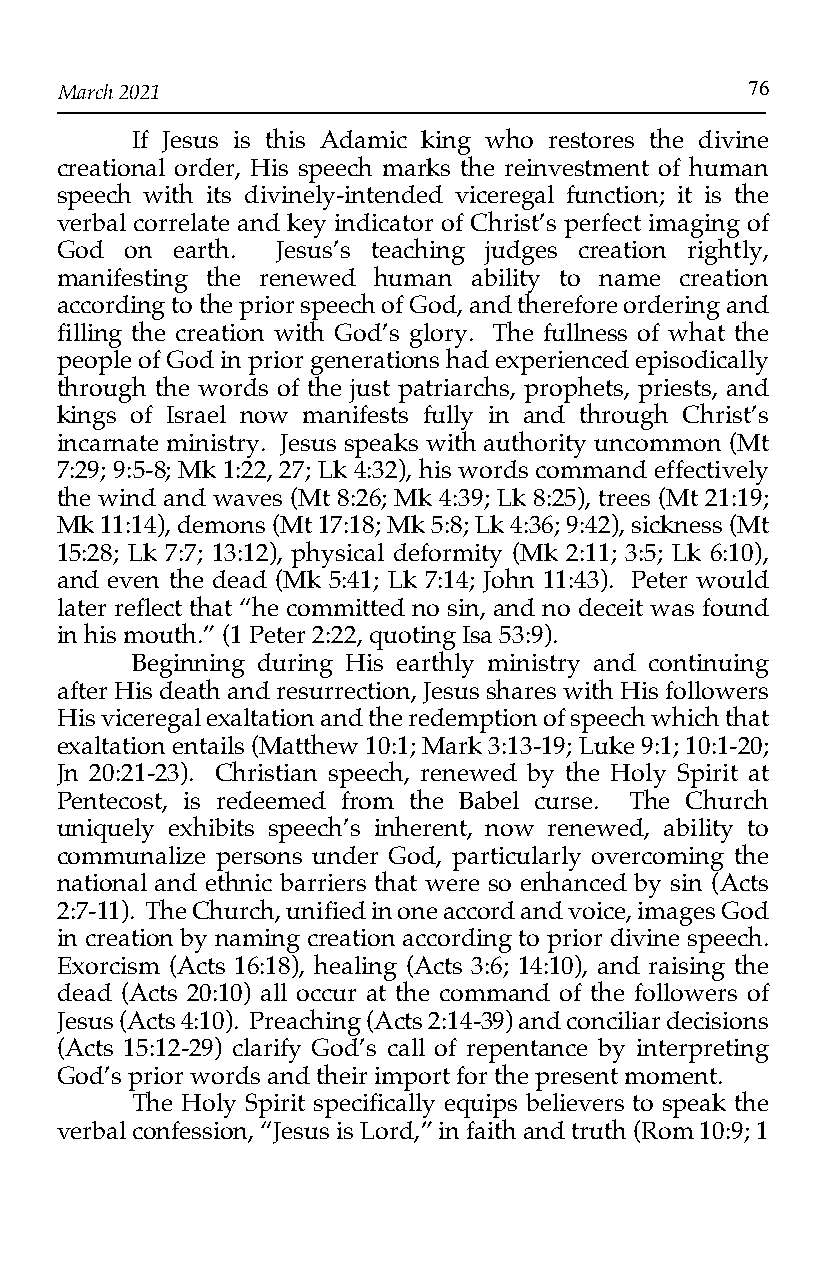
March 2021                                   76
 If Jesus is this Adamic king who restores the divine
 creational order, His speech marks the reinvestment of human
 speech with its divinely-intended viceregal function; it is the
 verbal correlate and key indicator of Christ’s perfect imaging of
 God on earth. Jesus’s teaching judges creation rightly,
 manifesting the renewed human ability to name creation
 according to the prior speech of God, and therefore ordering and
 filling the creation with God’s glory. The fullness of what the
 people of God in prior generations had experienced episodically
 through the words of the just patriarchs, prophets, priests, and
 kings of Israel now manifests fully in and through Christ’s
 incarnate ministry. Jesus speaks with authority uncommon (Mt
 7:29; 9:5-8; Mk 1:22, 27; Lk 4:32), his words command effectively
 the wind and waves (Mt 8:26; Mk 4:39; Lk 8:25), trees (Mt 21:19;
 Mk 11:14), demons (Mt 17:18; Mk 5:8; Lk 4:36; 9:42), sickness (Mt
 15:28; Lk 7:7; 13:12), physical deformity (Mk 2:11; 3:5; Lk 6:10),
 and even the dead (Mk 5:41; Lk 7:14; John 11:43). Peter would
 later reflect that “he committed no sin, and no deceit was found
 in his mouth.” (1 Peter 2:22, quoting Isa 53:9).
 Beginning during His earthly ministry and continuing
 after His death and resurrection, Jesus shares with His followers
 His viceregal exaltation and the redemption of speech which that
 exaltation entails (Matthew 10:1; Mark 3:13-19; Luke 9:1; 10:1-20;
 Jn 20:21-23). Christian speech, renewed by the Holy Spirit at
 Pentecost, is redeemed from the Babel curse. The Church
 uniquely exhibits speech’s inherent, now renewed, ability to
 communalize persons under God, particularly overcoming the
 national and ethnic barriers that were so enhanced by sin (Acts
 2:7-11). The Church, unified in one accord and voice, images God
 in creation by naming creation according to prior divine speech.
 Exorcism (Acts 16:18), healing (Acts 3:6; 14:10), and raising the
 dead (Acts 20:10) all occur at the command of the followers of
 Jesus (Acts 4:10). Preaching (Acts 2:14-39) and conciliar decisions
 (Acts 15:12-29) clarify God’s call of repentance by interpreting
 God’s prior words and their import for the present moment.
 The Holy Spirit specifically equips believers to speak the
 verbal confession, “Jesus is Lord,” in faith and truth (Rom 10:9; 1